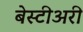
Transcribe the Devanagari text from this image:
बेस्टीअरी